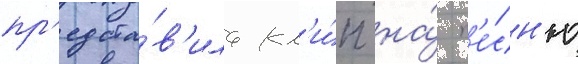
пр'едста́в'ила кл'и́п на́ п'е́сн'ю